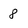
Character: 8